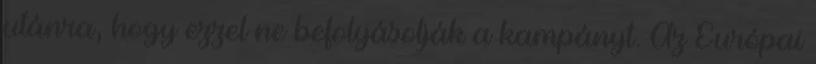
utánra, hogy ezzel ne befolyásolják a kampányt. Az Európai